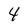
Character: 4